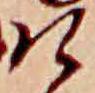
け